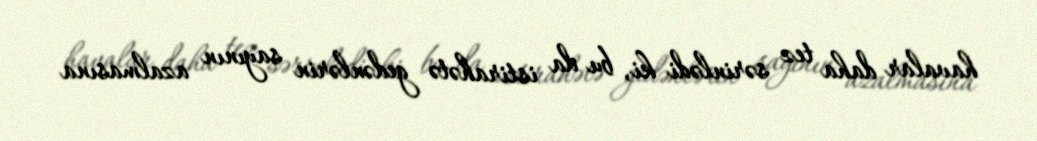
havalar daha tez sərinlədi ki, bu da istirahətə gedənlərin sayının azalmasına